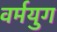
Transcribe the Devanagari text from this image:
वर्मयुग